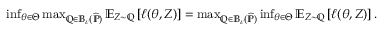
\begin{array} { r } { \operatorname* { i n f } _ { \theta \in \Theta } \operatorname* { m a x } _ { \mathbb Q \in \mathbb B _ { \varepsilon } ( \widehat { \mathbb P } ) } \mathbb E _ { Z \sim \mathbb Q } \left[ \ell ( \theta , Z ) \right] = \operatorname* { m a x } _ { \mathbb Q \in \mathbb B _ { \varepsilon } ( \widehat { \mathbb P } ) } \operatorname* { i n f } _ { \theta \in \Theta } \mathbb E _ { Z \sim \mathbb Q } \left[ \ell ( \theta , Z ) \right] . } \end{array}